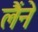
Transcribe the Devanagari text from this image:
लैंने